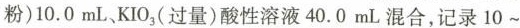
粉)10.0mL、KIO_{3}(过量)酸性溶液40.0mL混合，记录10~